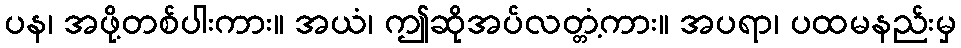
ပန၊ အဖို့တစ်ပါးကား။ အယံ၊ ဤဆိုအပ်လတ္တံ့ကား။ အပရာ၊ ပထမနည်းမှ